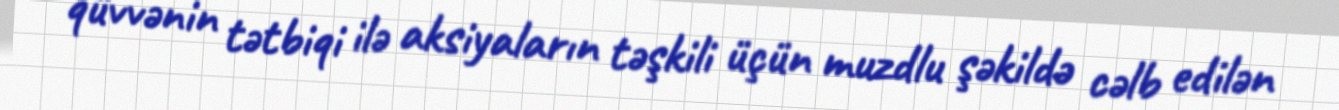
qüvvənin tətbiqi ilə aksiyaların təşkili üçün muzdlu şəkildə cəlb edilən